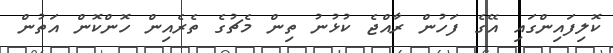
ކޮލިފައިންގައި އޭގެ ފަހުން ރާއްޖެ ކުޅުނު ތިން މެޗުގެ ތެރެއިން ހޮންކޮން އަތުން